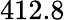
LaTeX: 412.8